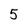
Character: 5